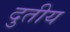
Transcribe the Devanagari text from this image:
दुतीय